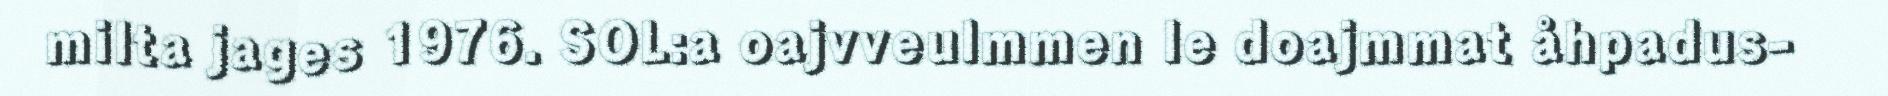
milta jages 1976. SOL:a oajvveulmmen le doajmmat åhpadus-